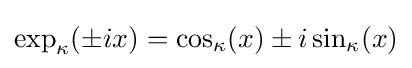
\exp _{\kappa }(\pm ix)=\cos _{\kappa }(x)\pm i\sin _{\kappa }(x)